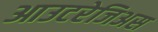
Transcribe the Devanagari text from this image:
आउटरेजिअस